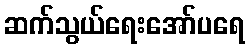
ဆက်သွယ်ရေးအော်ပရေ